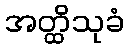
အတ္ထိသုခံ